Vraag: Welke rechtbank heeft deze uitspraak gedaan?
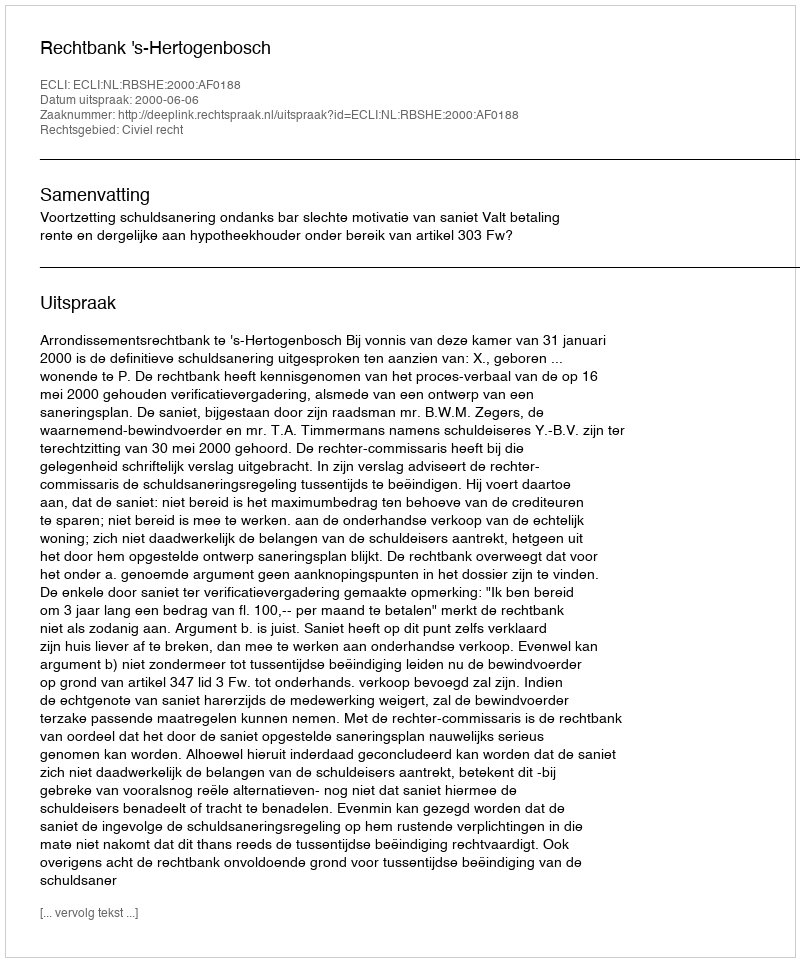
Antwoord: Rechtbank 's-Hertogenbosch